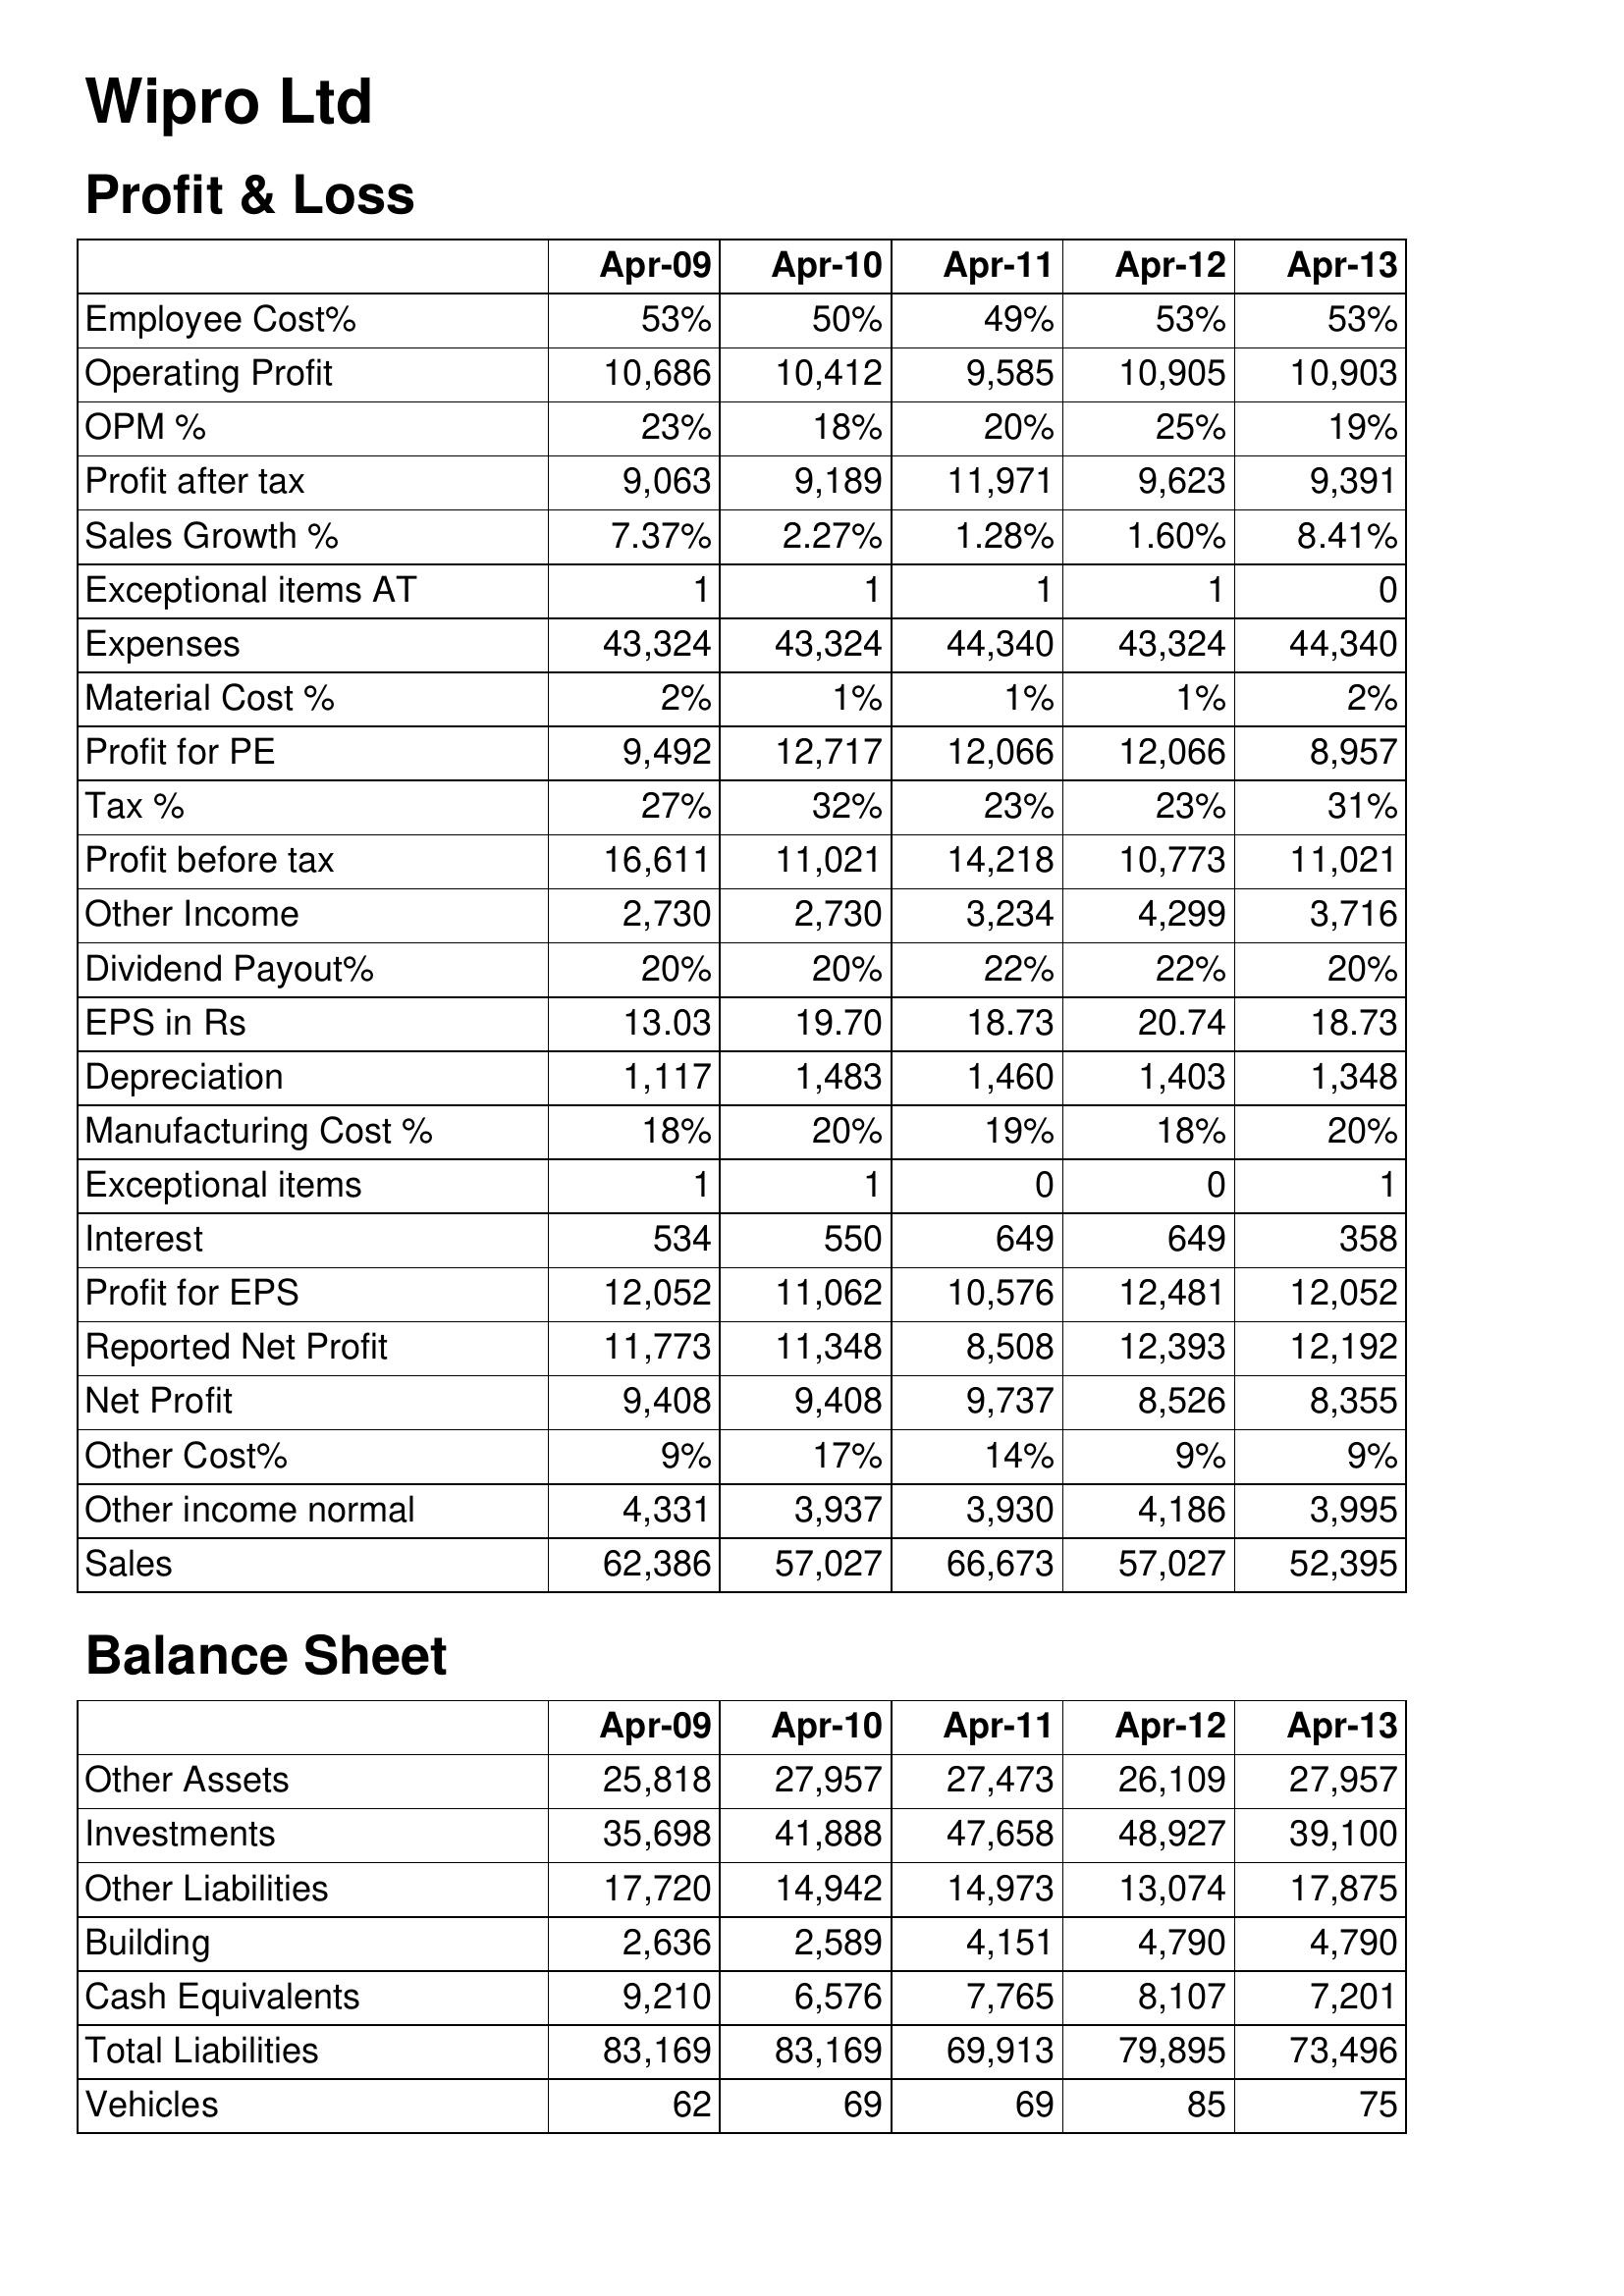
Apr-09: Profit & Loss: Employee Cost%: 53%
Operating Profit: 10,686
OPM %: 23%
Profit after tax: 9,063
Sales Growth %: 7.37%
Exceptional items AT: 1
Expenses: 43,324
Material Cost %: 2%
Profit for PE: 9,492
Tax %: 27%
Profit before tax: 16,611
Other Income: 2,730
Dividend Payout%: 20%
EPS in Rs: 13.03
Depreciation: 1,117
Manufacturing Cost %: 18%
Exceptional items: 1
Interest: 534
Profit for EPS: 12,052
Reported Net Profit: 11,773
Net Profit: 9,408
Other Cost%: 9%
Other income normal: 4,331
Sales: 62,386
Balance Sheet: Other Assets: 25,818
Investments: 35,698
Other Liabilities: 17,720
Building: 2,636
Cash Equivalents: 9,210
Total Liabilities: 83,169
Vehicles: 62
Apr-10: Profit & Loss: Employee Cost%: 50%
Operating Profit: 10,412
OPM %: 18%
Profit after tax: 9,189
Sales Growth %: 2.27%
Exceptional items AT: 1
Expenses: 43,324
Material Cost %: 1%
Profit for PE: 12,717
Tax %: 32%
Profit before tax: 11,021
Other Income: 2,730
Dividend Payout%: 20%
EPS in Rs: 19.70
Depreciation: 1,483
Manufacturing Cost %: 20%
Exceptional items: 1
Interest: 550
Profit for EPS: 11,062
Reported Net Profit: 11,348
Net Profit: 9,408
Other Cost%: 17%
Other income normal: 3,937
Sales: 57,027
Balance Sheet: Other Assets: 27,957
Investments: 41,888
Other Liabilities: 14,942
Building: 2,589
Cash Equivalents: 6,576
Total Liabilities: 83,169
Vehicles: 69
Apr-11: Profit & Loss: Employee Cost%: 49%
Operating Profit: 9,585
OPM %: 20%
Profit after tax: 11,971
Sales Growth %: 1.28%
Exceptional items AT: 1
Expenses: 44,340
Material Cost %: 1%
Profit for PE: 12,066
Tax %: 23%
Profit before tax: 14,218
Other Income: 3,234
Dividend Payout%: 22%
EPS in Rs: 18.73
Depreciation: 1,460
Manufacturing Cost %: 19%
Exceptional items: 0
Interest: 649
Profit for EPS: 10,576
Reported Net Profit: 8,508
Net Profit: 9,737
Other Cost%: 14%
Other income normal: 3,930
Sales: 66,673
Balance Sheet: Other Assets: 27,473
Investments: 47,658
Other Liabilities: 14,973
Building: 4,151
Cash Equivalents: 7,765
Total Liabilities: 69,913
Vehicles: 69
Apr-12: Profit & Loss: Employee Cost%: 53%
Operating Profit: 10,905
OPM %: 25%
Profit after tax: 9,623
Sales Growth %: 1.60%
Exceptional items AT: 1
Expenses: 43,324
Material Cost %: 1%
Profit for PE: 12,066
Tax %: 23%
Profit before tax: 10,773
Other Income: 4,299
Dividend Payout%: 22%
EPS in Rs: 20.74
Depreciation: 1,403
Manufacturing Cost %: 18%
Exceptional items: 0
Interest: 649
Profit for EPS: 12,481
Reported Net Profit: 12,393
Net Profit: 8,526
Other Cost%: 9%
Other income normal: 4,186
Sales: 57,027
Balance Sheet: Other Assets: 26,109
Investments: 48,927
Other Liabilities: 13,074
Building: 4,790
Cash Equivalents: 8,107
Total Liabilities: 79,895
Vehicles: 85
Apr-13: Profit & Loss: Employee Cost%: 53%
Operating Profit: 10,903
OPM %: 19%
Profit after tax: 9,391
Sales Growth %: 8.41%
Exceptional items AT: 0
Expenses: 44,340
Material Cost %: 2%
Profit for PE: 8,957
Tax %: 31%
Profit before tax: 11,021
Other Income: 3,716
Dividend Payout%: 20%
EPS in Rs: 18.73
Depreciation: 1,348
Manufacturing Cost %: 20%
Exceptional items: 1
Interest: 358
Profit for EPS: 12,052
Reported Net Profit: 12,192
Net Profit: 8,355
Other Cost%: 9%
Other income normal: 3,995
Sales: 52,395
Balance Sheet: Other Assets: 27,957
Investments: 39,100
Other Liabilities: 17,875
Building: 4,790
Cash Equivalents: 7,201
Total Liabilities: 73,496
Vehicles: 75